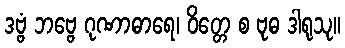
ဒဗ္ဗံ ဘဗ္ဗေ ဂုဏာဓာရေ၊ ဝိတ္တေ စ ဗုဓ ဒါရုသု။